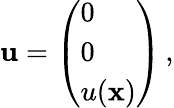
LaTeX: {\mathbf u}=\left(\begin{array}{l}{0}\\ {0}\\ {u({\mathbf x})}\end{array}\right)\, ,